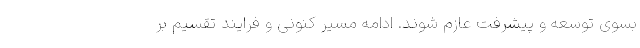
بسوی توسعه و پیشرفت عازم شوند. ادامه مسیر کنونی و فرایند تقسیم بر